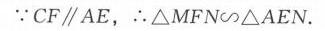
\(\because CF\parallel AE\)，\(\therefore \triangle MFN\sim\triangle AEN\).